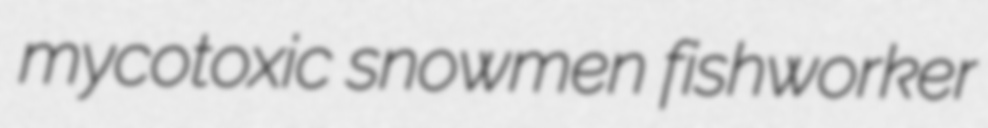
mycotoxic snowmen fishworker